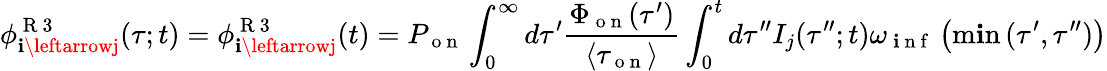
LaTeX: \phi_{\mathbf{i}\leftarrowj}^{\mathrm{{~R~3~}}}(\tau;t)=\phi_{\mathbf{i}\leftarrowj}^{\mathrm{{~R~3~}}}(t)=P_{\mathrm{{~o~n~}}}\int_{0}^{\infty}d\tau^{\prime}\frac{{\Phi_{\mathrm{{~o~n~}}}(\tau^{\prime})}}{{\langle\tau_{\mathrm{{~o~n~}}}\rangle}}\int_{0}^{t}d\tau^{\prime\prime}I_{j}(\tau^{\prime\prime};t)\omega_{\mathrm{{~\mathbf{i}~n~f~}}}\left(\operatorname*{m\mathbf{i}n}{(\tau^{\prime},\tau^{\prime\prime})}\right)